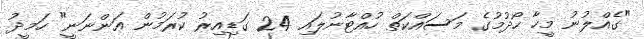
"ގެއްލުނު މީހާ ހޯދުމުގެ މަސައްކަތް ހުއްޓާނުލައި 24 ގަޑިއިރު ކުރަމުން އަންނަނީ" ހަމީދު